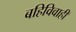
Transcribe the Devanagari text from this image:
बहिविवाही